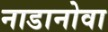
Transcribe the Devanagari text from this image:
नाडानोवा